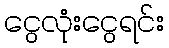
ငွေလုံးငွေရင်း